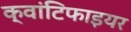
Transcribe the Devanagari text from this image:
क्वांटिफाइयर